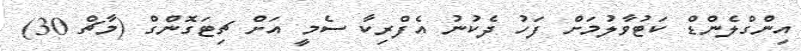
އިންގްލެންޑް ކަޓުވާލުމަށް ފަހު ދެކުނު އެފްރިކާ ސެމީ އަށް ޗިޓަގޮންގް (މާޗް 30)